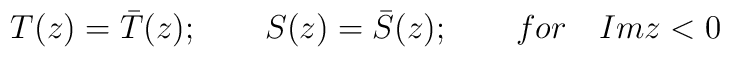
T(z)=\bar{T}(z);\qquad S(z)=\bar{S}(z);\qquad for\quad Imz<0